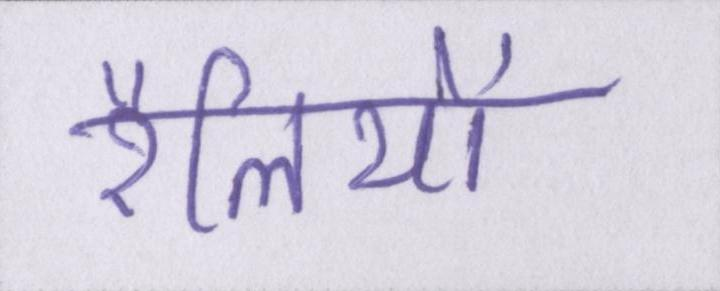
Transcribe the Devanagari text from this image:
रैलियों